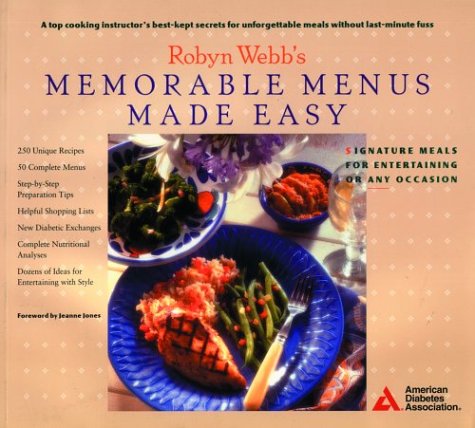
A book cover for Robyn Webb's Memorable Menus Made Easy; Robyn Webb; Health, Fitness & Dieting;